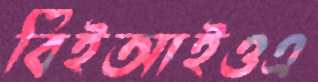
বিইআইওএ